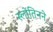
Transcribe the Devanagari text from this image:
स्लोतिनने